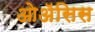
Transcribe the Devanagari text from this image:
ओॲसिस